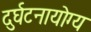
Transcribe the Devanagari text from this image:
दुर्घटनायोग्य